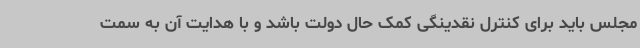
مجلس باید برای کنترل نقدینگی کمک حال دولت باشد و با هدایت آن به سمت